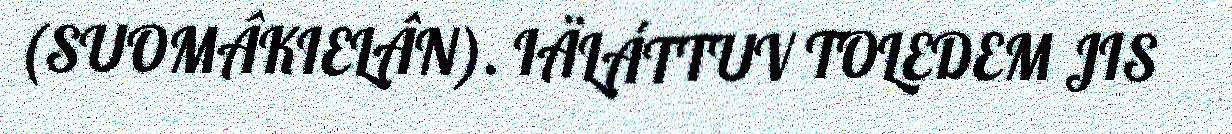
(SUOMÂKIELÂN). IÄLÁTTUV TOLEDEM JIS